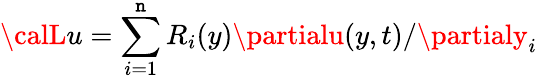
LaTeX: {\calL}u=\sum_{i=1}^{\mathtt{n}}R_{i}(y)\partialu(y,t)/\partialy_{i}